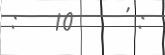
:   10    ' :